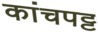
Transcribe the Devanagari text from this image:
कांचपट्ट